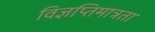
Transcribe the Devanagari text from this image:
विज्ञप्तिमात्रता